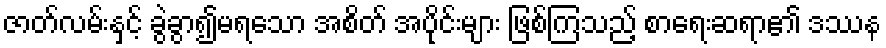
ဇာတ်လမ်းနှင့် ခွဲခွာ၍မရသော အစိတ် အပိုင်းများ ဖြစ်ကြသည့် စာရေးဆရာ၏ ဒဿန